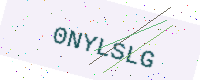
Text: 0NYLSLG